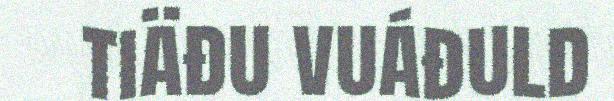
tiäđu vuáđuld